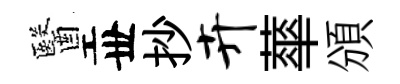
醫丗抄卉蕐頒